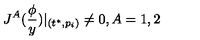
J ^ { A } ( \frac \phi y ) | _ { ( t ^ { * } , p _ { i } ) } \neq 0 , A = 1 , 2